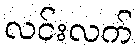
လင်းလက်